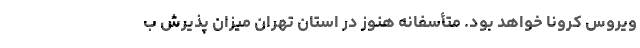
ویروس کرونا خواهد بود. متأسفانه هنوز در استان تهران میزان پذیرش ب